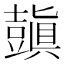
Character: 𧰊